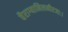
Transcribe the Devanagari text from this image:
वैराग्यानिलनीरजाः।